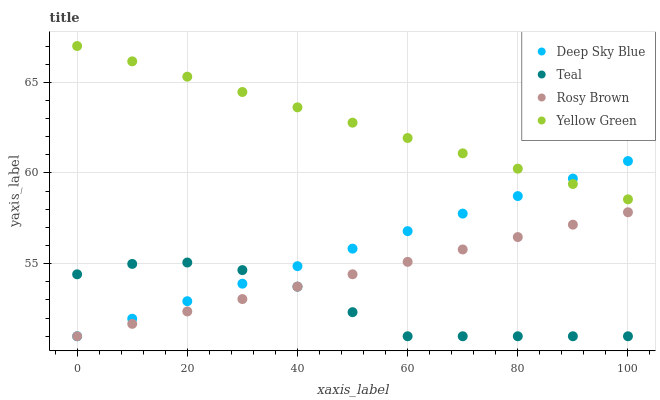
| xaxis_label | Deep Sky Blue | Teal | Rosy Brown | Yellow Green |
 | --- | --- | --- | --- | --- |
 | 0 | 51 | 54.4 | 51 | 67 |
 | 10 | 52 | 55 | 51.7 | 66.2 |
 | 20 | 52.9 | 55.1 | 52.4 | 65.3 |
 | 30 | 53.9 | 54.6 | 53.1 | 64.5 |
 | 40 | 54.9 | 53.7 | 53.7 | 63.6 |
 | 50 | 55.8 | 52.3 | 54.4 | 62.8 |
 | 60 | 56.8 | 51 | 55.1 | 61.9 |
 | 70 | 57.8 | 51 | 55.8 | 61.1 |
 | 80 | 58.7 | 51 | 56.5 | 60.2 |
 | 90 | 59.7 | 51 | 57.2 | 59.4 |
 | 100 | 60.7 | 51 | 57.8 | 58.5 |